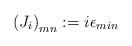
LaTeX: \begin{align*}\left( J_i\right)_{mn} := i\epsilon_{min}\end{align*}